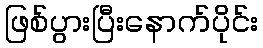
ဖြစ်ပွားပြီးနောက်ပိုင်း